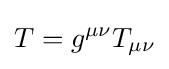
T=g^{\mu \nu }T_{\mu \nu }